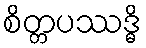
စိတ္တပဿဒ္ဓိ